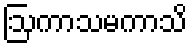
ဩကာသမကာသိ